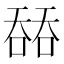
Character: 𰈟